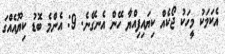
އެކަމަކު މީހަކު ޖޯކެއް ކިޔައިފިއްޔާ ހޭން އެނގޭނެ. 9: އެންމެ ބޮޑު ކިޔޫއެއްގަ